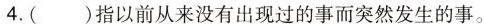
4.( )指以前从来没有出现过的事而突然发生的事。